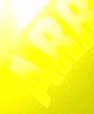
AR